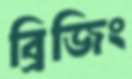
ব্রিজিং